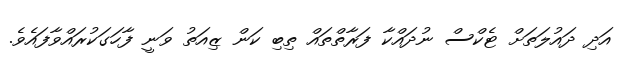
އަދި ދައުލަތަށް ޓެކްސް ނުދައްކާ ފަރާތްތައް ތިބި ކަން ޒިއަތު ވަނީ ފާހަގަކުރައްވާފައެވެ.